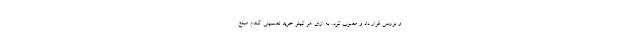
و بررسی قرار داد و مصوب کرد، به ازای هر کیلو خرید تضمینی گندم مبلغ